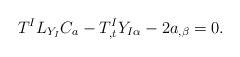
LaTeX: \begin{align*}T^{I}L_{Y_{I}}C_{a}-T_{,t}^{I}Y_{I\alpha }-2a_{,\beta }=0. \end{align*}